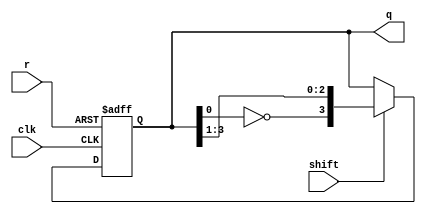
module part23(clk, r, shift, q);

input clk, r, shift;
output reg [3:0] q;

always@(posedge clk or posedge r)
 begin

  if(r)
   q <= 4'b00;
  else if(shift)
   q <= {~q[0], q[3:1]};

 end

endmodule